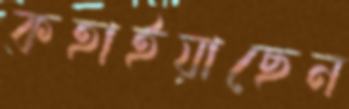
কহাইয়াছেন